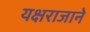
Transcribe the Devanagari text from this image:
यक्षराजाने